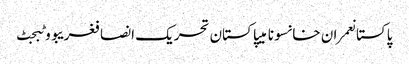
پاکستانعمران خانسونامیپاکستان تحریک انصافغریبووٹبجٹ